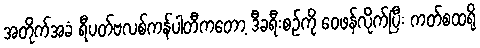
အတိုက်အခံ ရီပတ်ဗလစ်ကန်ပါတီကတော့ ဒီခရီးစဉ်ကို ဝေဖန်လိုက်ပြီး ကတ်စထရို